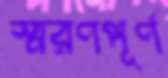
স্মরণপূর্ণ